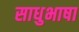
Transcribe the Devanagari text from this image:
साधुभाषा